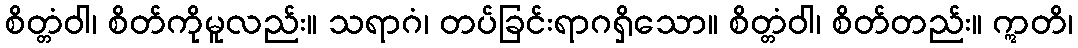
စိတ္တံဝါ၊ စိတ်ကိုမူလည်း။ သရာဂံ၊ တပ်ခြင်းရာဂရှိသော။ စိတ္တံဝါ၊ စိတ်တည်း။ ဣတိ၊